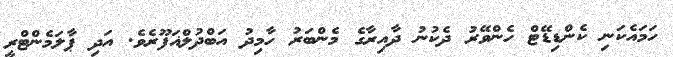
ހަމައެކަނި ކެންޑިޑޭޓް ހެންވޭރު ދެކުނު ދާއިރާގެ މެންބަރު ހާމިދު އަބްދުލްޣަފޫރެވެ. އަދި ޕާލަމެންޓްރީ